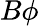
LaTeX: B\phi